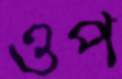
ওপ